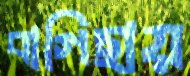
বাগিছায়